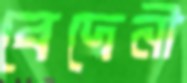
বেদেনী